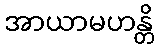
အာယာမဟန္တိ